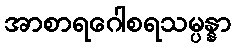
အာစာရဂေါစရသမ္ပန္နာ